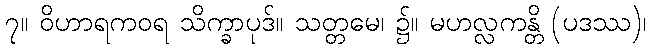
၇။ ဝိဟာရကဝရ သိက္ခာပုဒ်။ သတ္တမေ၊ ၌။ မဟလ္လကန္တိ (ပဒဿ)၊